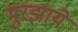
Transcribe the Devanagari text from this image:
मुरझाये